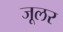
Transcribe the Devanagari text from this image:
जूलर